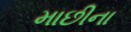
માછીના